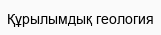
Құрылымдық геология